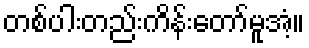
တစ်ပါးတည်းကိန်းတော်မူအံ့။